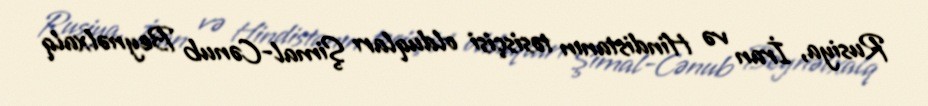
Rusiya, İran və Hindistanın təsisçisi olduqları Şimal-Cənub Beynəlxalq